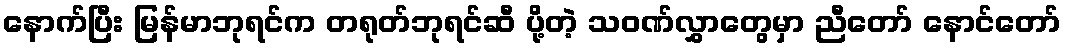
နောက်ပြီး မြန်မာဘုရင်က တရုတ်ဘုရင်ဆီ ပို့တဲ့ သဝဏ်လွှာတွေမှာ ညီတော် နောင်တော်